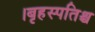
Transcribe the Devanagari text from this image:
।बृहस्पतिश्च